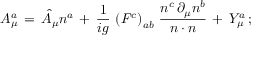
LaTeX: A _ { \mu } ^ { a } \, = \, \hat { A } _ { \mu } n ^ { a } \, + \, \frac { 1 } { i g } \, \left( F ^ { c } \right) _ { a b } \, \frac { n ^ { c } \, \partial _ { \mu } n ^ { b } } { n \cdot n } \, + \, Y _ { \mu } ^ { a } \, ;